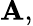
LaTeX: \mathbf{A},